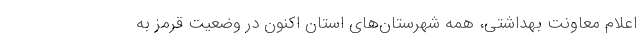
اعلام معاونت بهداشتی، همه شهرستان‌های استان اکنون در وضعیت قرمز به